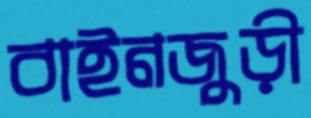
বাইনজুড়ী